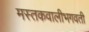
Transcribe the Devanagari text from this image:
मस्तकवालीभगवती